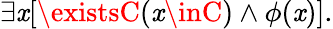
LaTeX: \exists\mathit{x}[\existsC(\mathit{x}\inC)\land\phi(\mathit{x})].